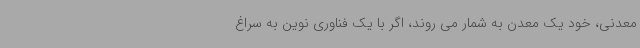
معدنی، خود یک معدن به شمار می روند، اگر با یک فناوری نوین به سراغ